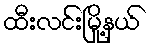
ထီးလင်းမြို့နယ်